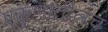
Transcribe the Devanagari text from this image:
एकुणातीलच